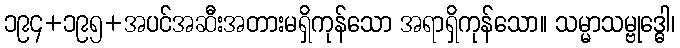
၁၉၄+၁၉၅+အပင်အဆီးအတားမရှိကုန်သော အရာရှိကုန်သော။ သမ္မာသမ္ဗုဒ္ဓေါ၊